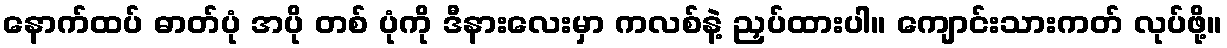
နောက်ထပ် ဓာတ်ပုံ အပို တစ် ပုံကို ဒီနားလေးမှာ ကလစ်နဲ့ ညှပ်ထားပါ။ ကျောင်းသားကတ် လုပ်ဖို့။